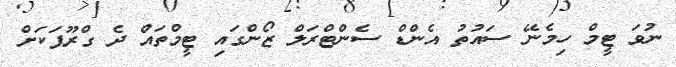
ނުވަ ޓީމް ހިމެނޭ ސައުތު އެންޑް ސެންޓްރަލް ޒޯންގައި ޓީމްތައް ދެ ގްރޫޕަކަށް